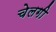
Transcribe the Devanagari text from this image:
चेलगी